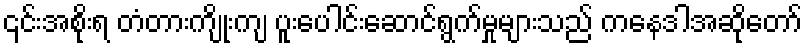
၎င်းအစိုးရ တံတားကျိုးကျ ပူးပေါင်းဆောင်ရွက်မှုများသည် ကနေဒါအဆိုတော်